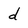
Character: d